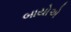
બાયોએ